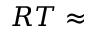
R T \approx